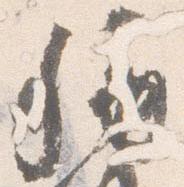
称